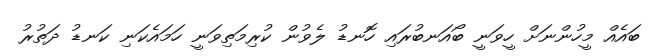
ބައެއް މީހުންނަށް ހީވަނީ ބޯއަނބުރައި ހޮނޑު ލެވުން ކުރިމަތިވަނީ ހަމައެކަނި ކަނޑު ދަތުރު